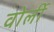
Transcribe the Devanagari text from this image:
वोर्ली